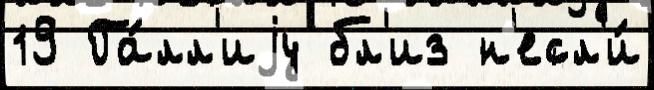
19 Га́лл'иjу бл'из н'есл'и́